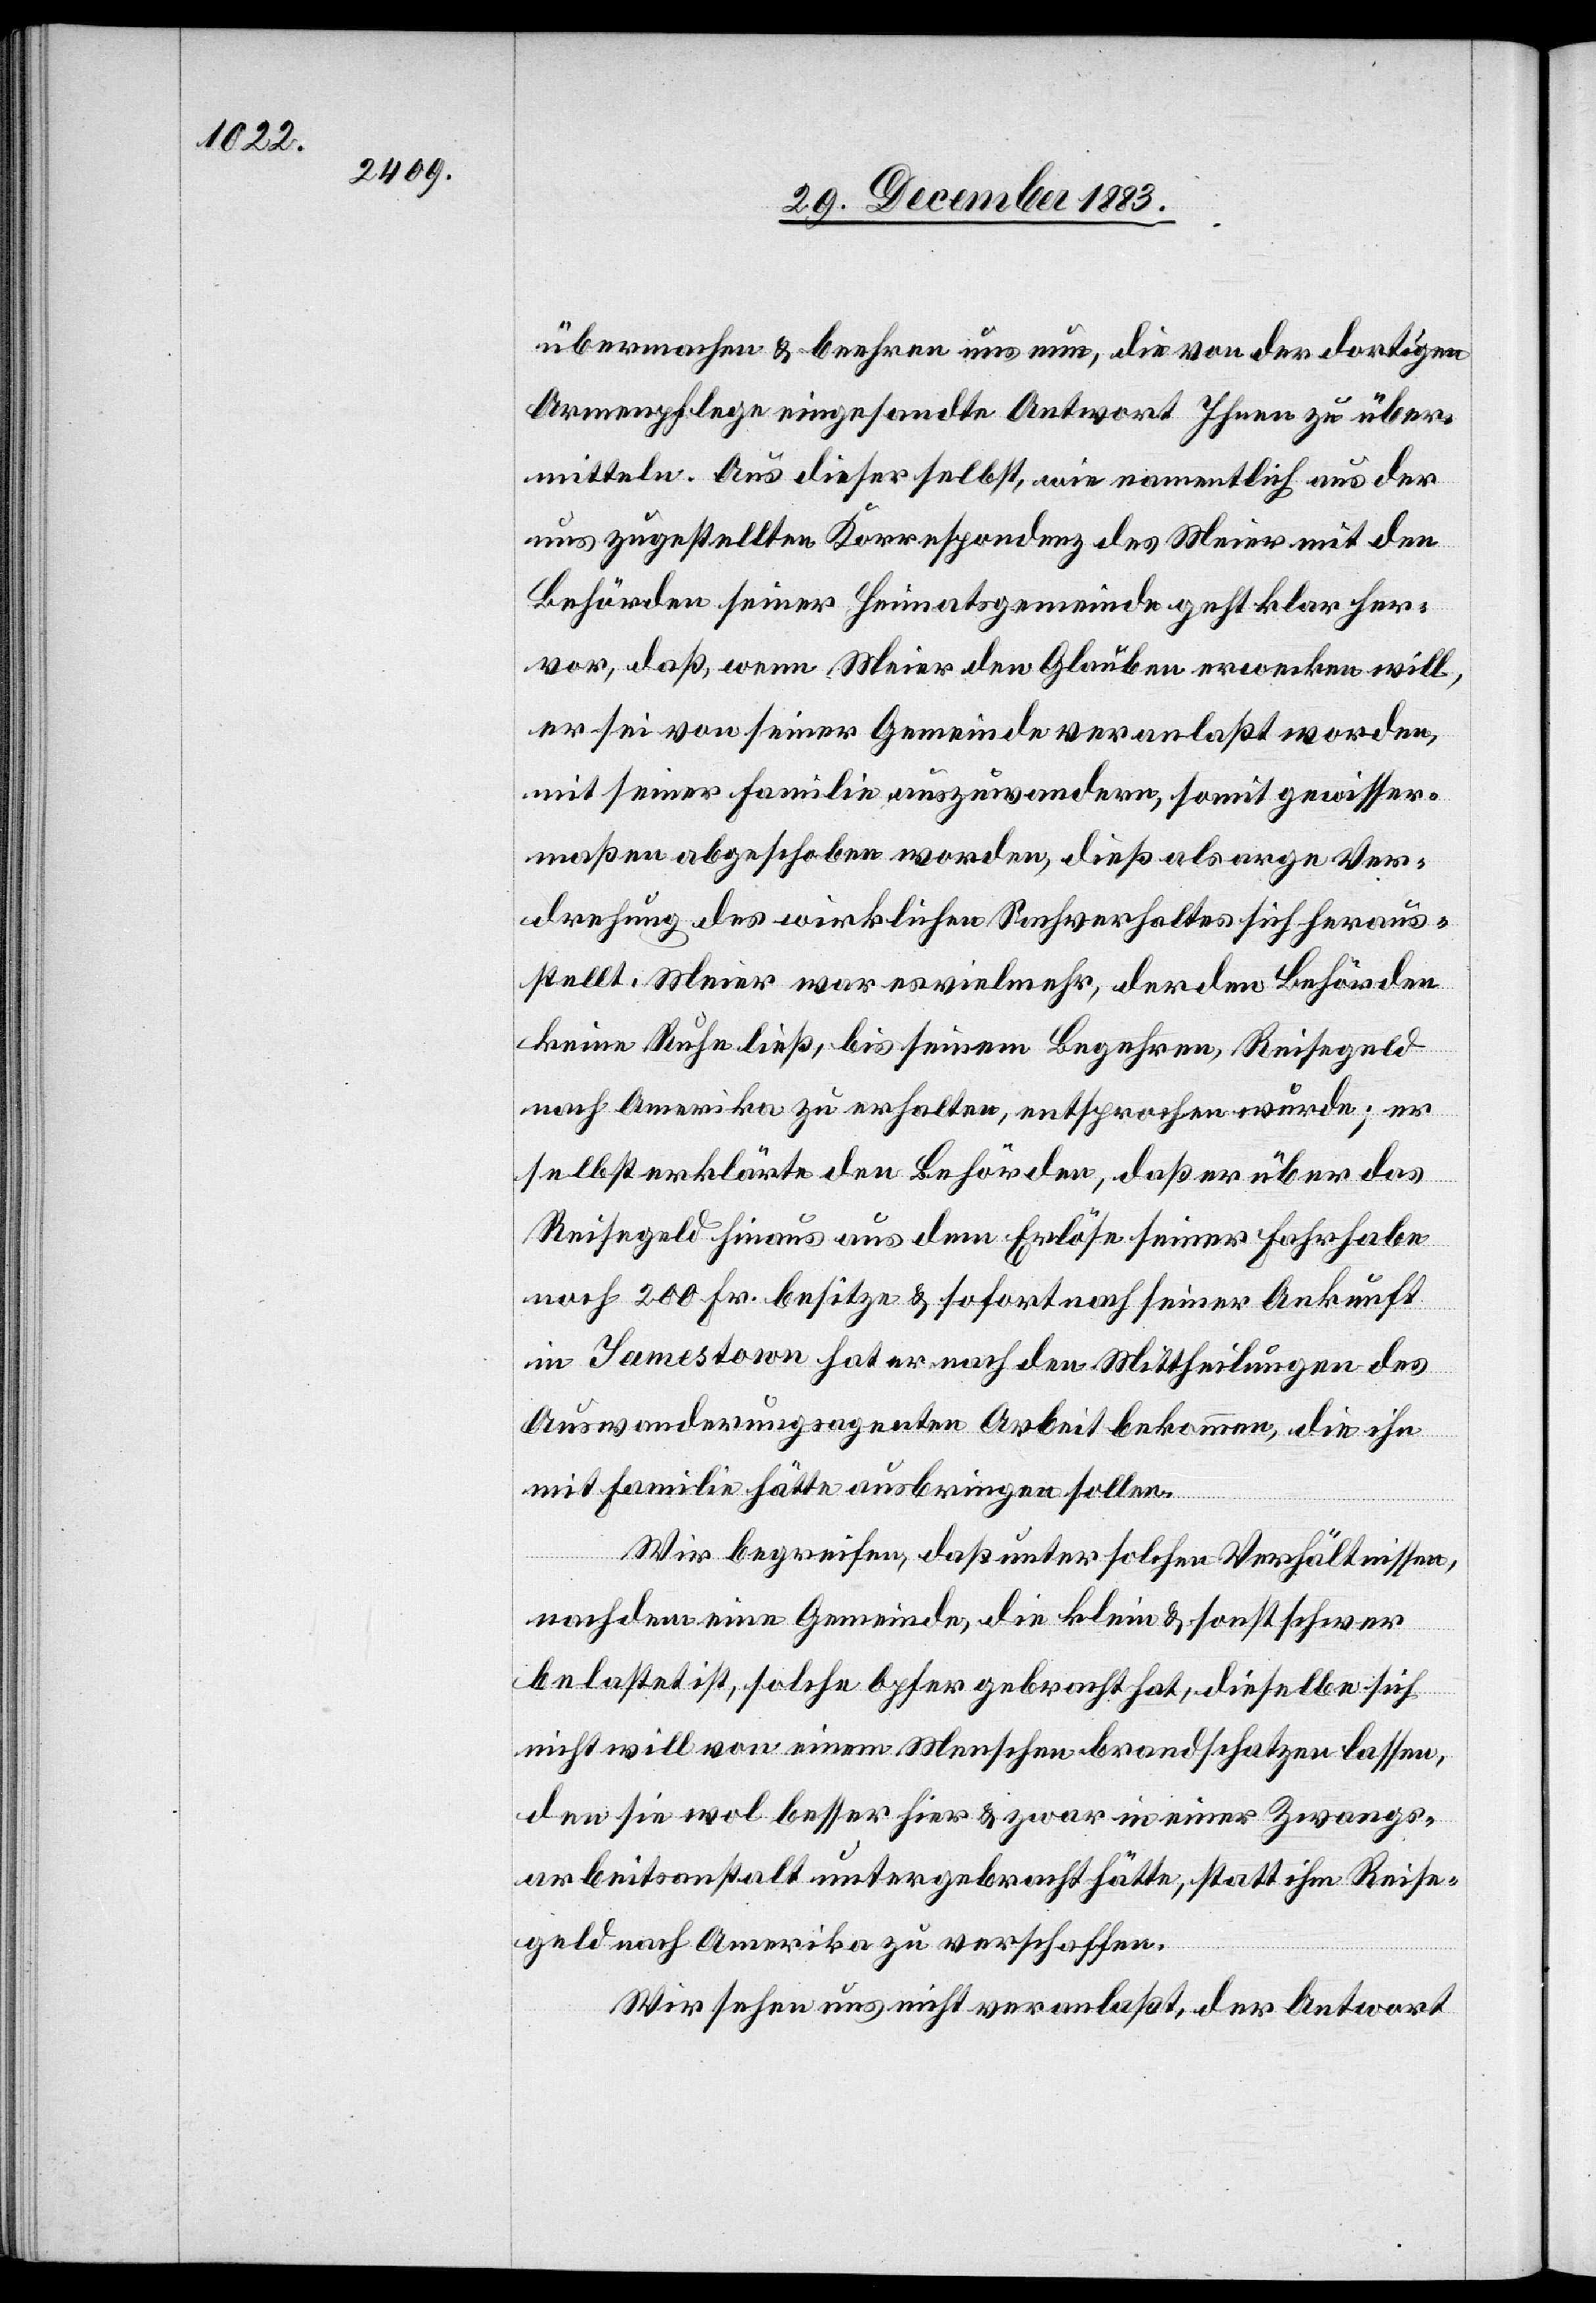
übermachen & beehren uns nun, die von der dortigen
Armenpflege eingesandte Antwort Ihnen zu über¬
mitteln. Aus dieser selbst, wie namentlich aus der
uns zugestellten Korrespondenz des Meier mit den
Behörden seiner Heimatsgemeinde geht klar her¬
mit seiner Familie auszuwandern, somit gewisser¬
maßen abgeschoben worden, dieß als arge Ver¬
drehung des wirklichen Sachverhaltes sich heraus¬
stellt. Meier war es vielmehr, der den Behörden
keine Ruhe ließ, bis seinem Begehren, Reisegeld
nach Amerika zu erhalten, entsprochen wurde; er
selbst erklärte den Behörden, daß er über das
Reisegeld hinaus aus dem Erlöse seiner Fahrhabe
noch 200 Fr. besitze & sofort nach seiner Ankunft
in Jamestown hat er nach den Mittheilungen des
Auswanderungsagenten Arbeit bekommen, die ihn
mit Familie hätte ausbringen sollen.
von
Wir begreifen, daß unter solchen Verhältnissen,
nachdem eine Gemeinde, die klein & sonst schwer
belastet ist, solche Opfer gebracht hat, dieselbe sich
nicht will von einem Menschen brandschatzen lassen,
den sie wol besser hier & zwar in einer Zwangs¬
arbeitsanstalt untergebracht hätte, statt ihm Reise¬
geld nach Amerika zu verschaffen.
Wir sehen uns nicht veranlaßt, der Antwort